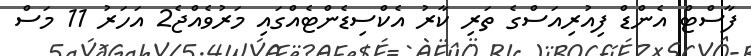
ފާސްޓް އެންޑް ފިއުރިއަސްގެ ތަރި ކާރު އެކްސިޑެންޓެއްގައި މަރުވެއްޖެ2 އަހަރު 11 މަސް